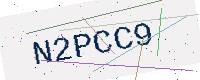
Text: N2PCC9